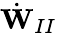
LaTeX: \dot{\mathbf{W}}_{II}